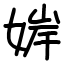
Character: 婩